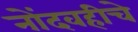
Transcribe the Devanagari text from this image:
नोंदवहीचे